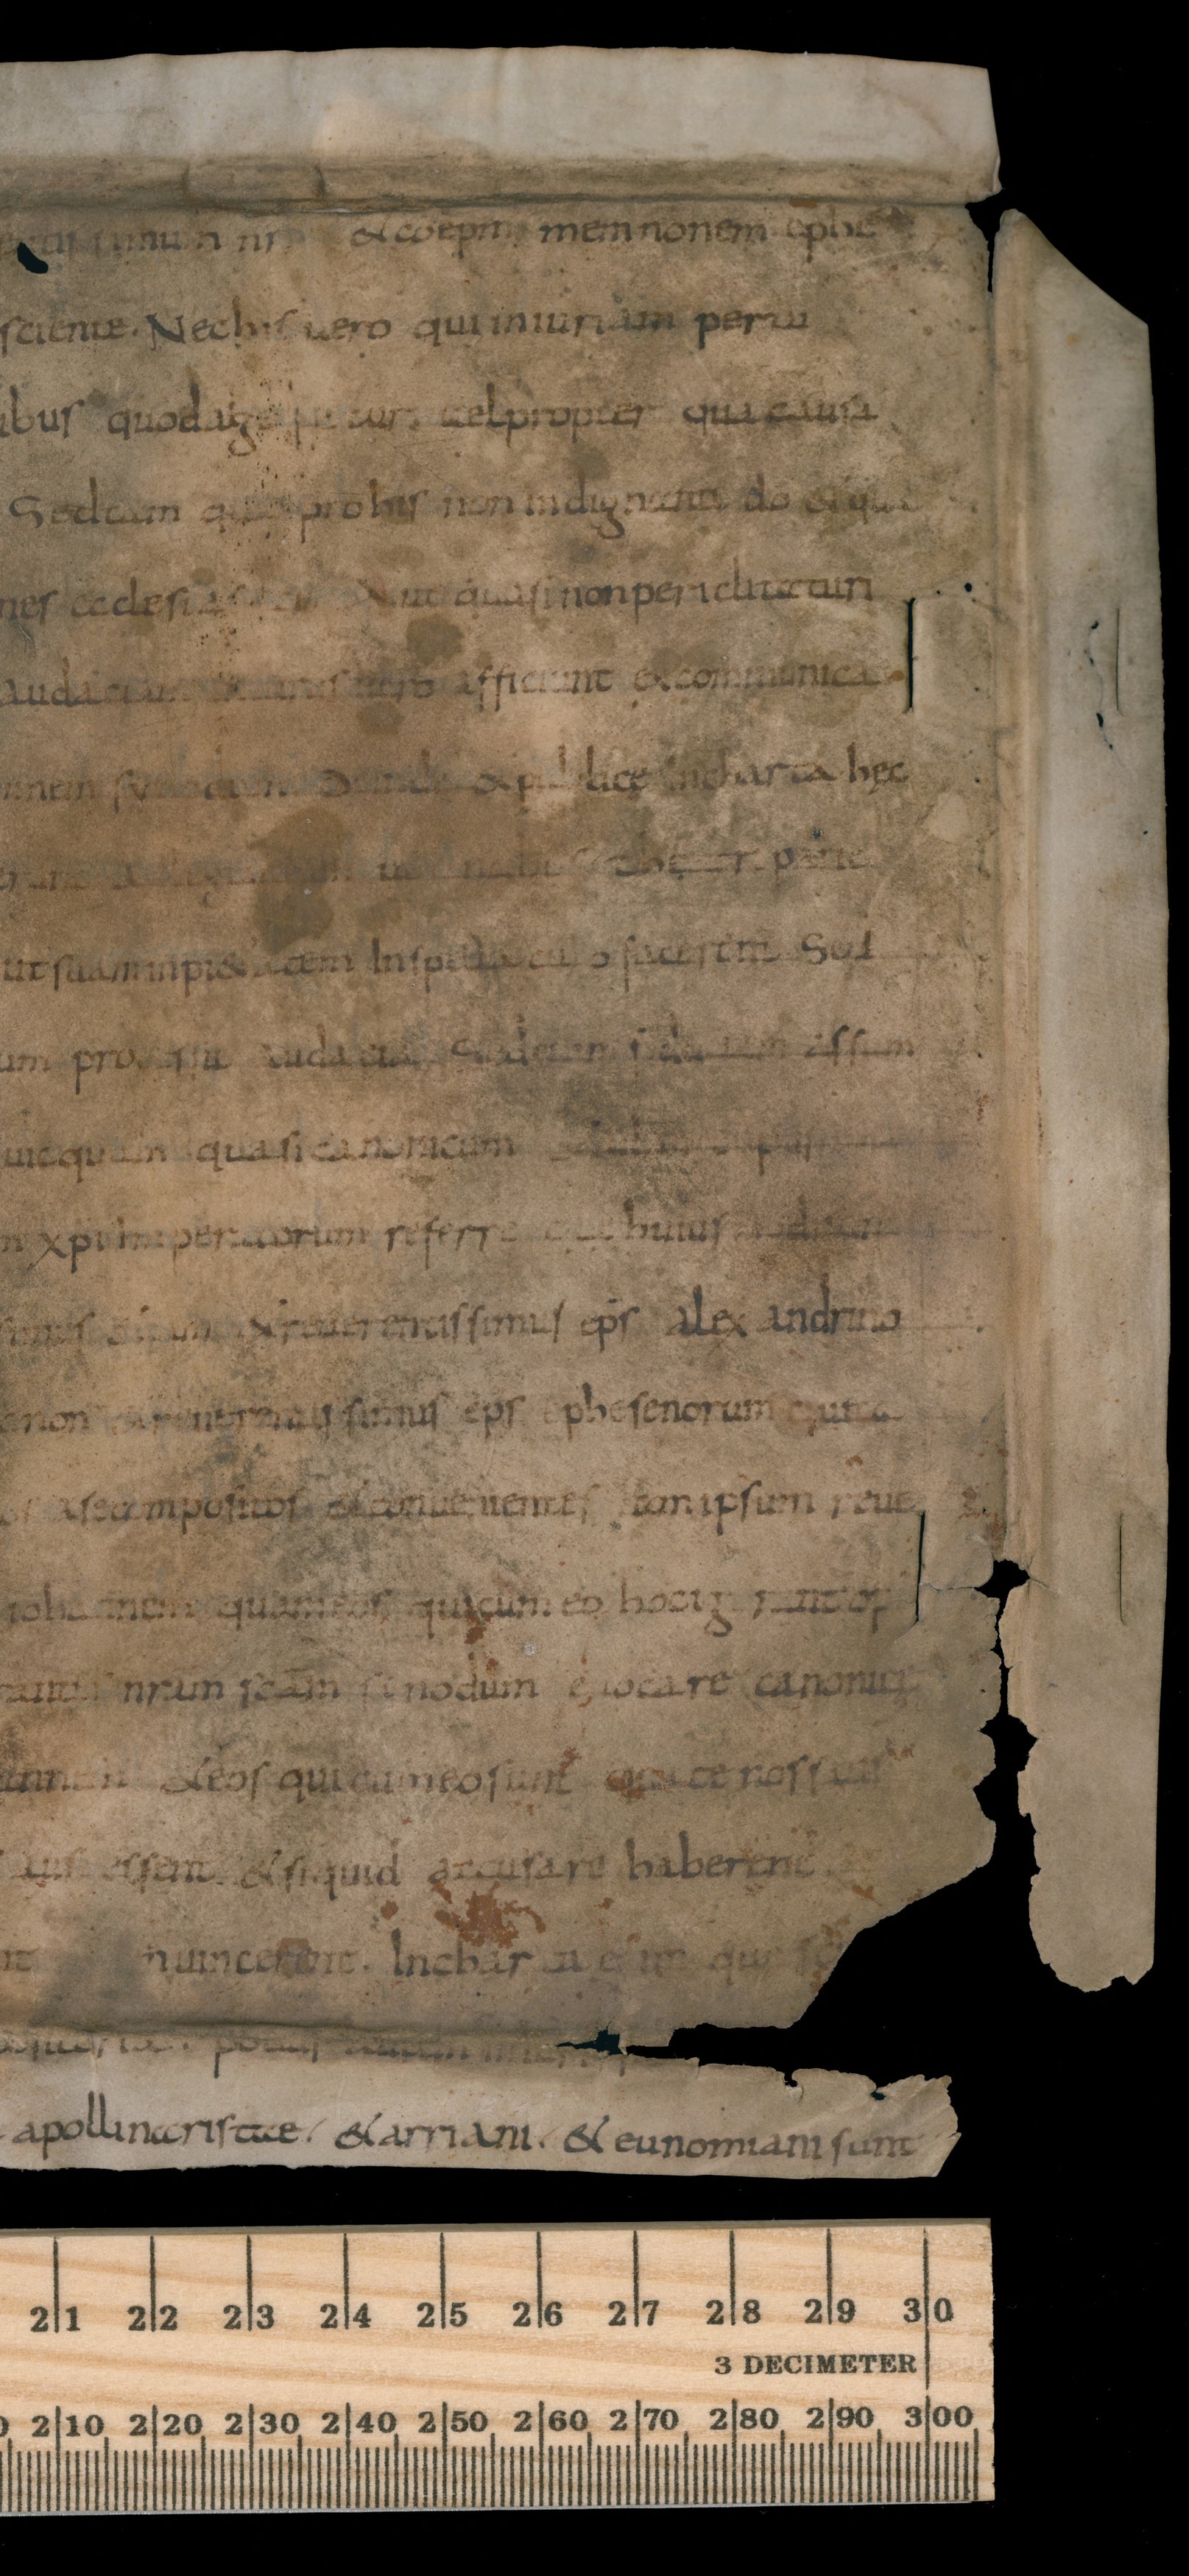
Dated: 834–865